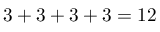
3 + 3 + 3 + 3 = 1 2